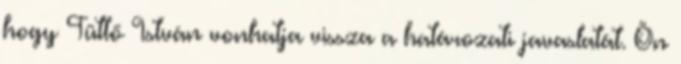
hogy Tüttő István vonhatja vissza a határozati javaslatát. Ön